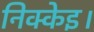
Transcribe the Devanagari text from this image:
निक्केइ।